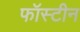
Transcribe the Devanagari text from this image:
फॉस्टीन